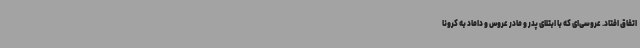
اتفاق افتاد. عروسی‌ای که با ابتلای پدر و مادر عروس و داماد به کرونا